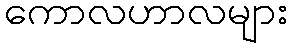
ကောလဟာလများ